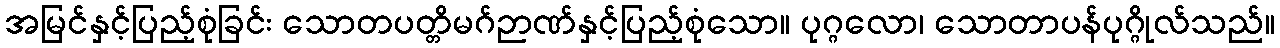
အမြင်နှင့်ပြည့်စုံခြင်း သောတပတ္တိမဂ်ဉာဏ်နှင့်ပြည့်စုံသော။ ပုဂ္ဂလော၊ သောတာပန်ပုဂ္ဂိုလ်သည်။